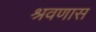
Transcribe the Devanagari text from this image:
श्रवणास